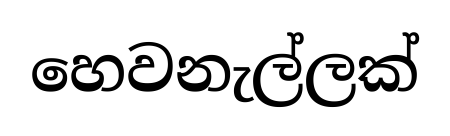
හෙවනැල්ලක්